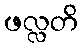
ဖလ္လတိ